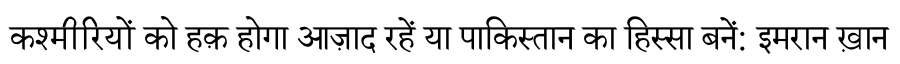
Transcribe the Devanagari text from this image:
कश्मीरियों को हक़ होगा आज़ाद रहें या पाकिस्तान का हिस्सा बनें: इमरान ख़ान